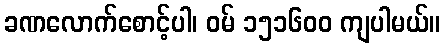
ခဏလောက်စောင့်ပါ၊ ဝမ် ၁၅၁၆၀၀ ကျပါမယ်။